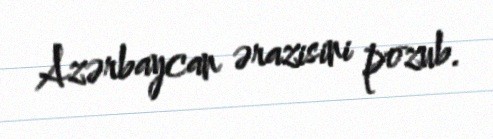
Azərbaycan ərazisini pozub.